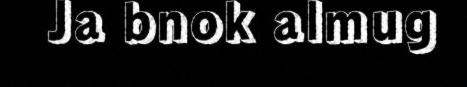
Ja bnok almug